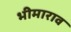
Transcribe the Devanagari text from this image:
भीमाराव